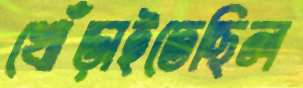
খোঁড়াইতেছিল